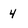
Character: 4